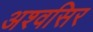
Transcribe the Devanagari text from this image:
अश्वसिर